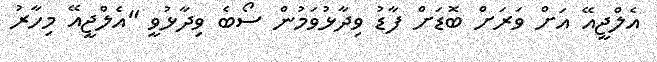
އެލްޖީއޭ އަށް ވަރަށް ބޮޑަށް ފާޑު ވިދާޅުވަމުން ސޯބެ ވިދާޅުވީ "އެލްޖީއޭ މިހާރު